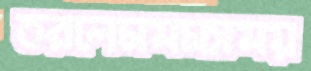
তরলেসমস্যাময়